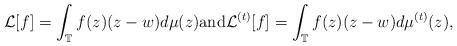
LaTeX: \begin{align*} \mathcal{L}[f] = \int_{\mathbb{T}} f(z) (z-w)d \mu(z) \mbox{and} \mathcal{L}^{(t)}[f] = \int_{\mathbb{T}} f(z) (z-w)d\mu^{(t)}(z),\end{align*}